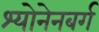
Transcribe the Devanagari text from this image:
श्योनेनबर्ग